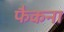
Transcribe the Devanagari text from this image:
फैकना